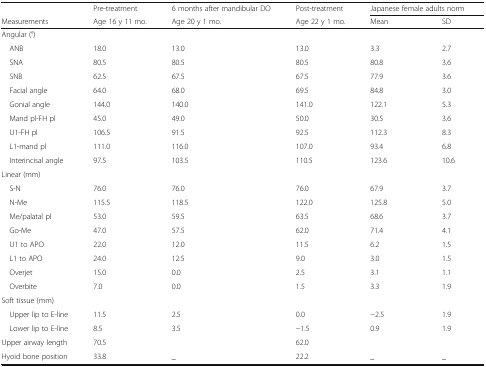
<table><thead><tr><td></td><td><b>Pre-treatment</b></td><td><b>6 months after mandibular DO</b></td><td><b>Post-treatment</b></td><td colspan="2"><b>Japanese female adults norm</b></td></tr><tr><td><b>Measurements</b></td><td><b>Age 16 y 11 mo.</b></td><td><b>Age 20 y 1 mo.</b></td><td><b>Age 22 y 1 mo.</b></td><td><b>Mean</b></td><td><b>SD</b></td></tr></thead><tbody><tr><td colspan="6">Angular (°)</td></tr><tr><td> ANB</td><td>18.0</td><td>13.0</td><td>13.0</td><td>3.3</td><td>2.7</td></tr><tr><td> SNA</td><td>80.5</td><td>80.5</td><td>80.5</td><td>80.8</td><td>3.6</td></tr><tr><td> SNB</td><td>62.5</td><td>67.5</td><td>67.5</td><td>77.9</td><td>3.6</td></tr><tr><td> Facial angle</td><td>64.0</td><td>68.0</td><td>69.5</td><td>84.8</td><td>3.0</td></tr><tr><td> Gonial angle</td><td>144.0</td><td>140.0</td><td>141.0</td><td>122.1</td><td>5.3</td></tr><tr><td> Mand pl-FH pl</td><td>45.0</td><td>49.0</td><td>50.0</td><td>30.5</td><td>3.6</td></tr><tr><td> U1-FH pl</td><td>106.5</td><td>91.5</td><td>92.5</td><td>112.3</td><td>8.3</td></tr><tr><td> L1-mand pl</td><td>111.0</td><td>116.0</td><td>107.0</td><td>93.4</td><td>6.8</td></tr><tr><td> Interincisal angle</td><td>97.5</td><td>103.5</td><td>110.5</td><td>123.6</td><td>10.6</td></tr><tr><td colspan="6">Linear (mm)</td></tr><tr><td> S-N</td><td>76.0</td><td>76.0</td><td>76.0</td><td>67.9</td><td>3.7</td></tr><tr><td> N-Me</td><td>115.5</td><td>118.5</td><td>122.0</td><td>125.8</td><td>5.0</td></tr><tr><td> Me/palatal pl</td><td>53.0</td><td>59.5</td><td>63.5</td><td>68.6</td><td>3.7</td></tr><tr><td> Go-Me</td><td>47.0</td><td>57.5</td><td>62.0</td><td>71.4</td><td>4.1</td></tr><tr><td> U1 to APO</td><td>22.0</td><td>12.0</td><td>11.5</td><td>6.2</td><td>1.5</td></tr><tr><td> L1 to APO</td><td>24.0</td><td>12.5</td><td>9.0</td><td>3.0</td><td>1.5</td></tr><tr><td> Overjet</td><td>15.0</td><td>0.0</td><td>2.5</td><td>3.1</td><td>1.1</td></tr><tr><td> Overbite</td><td>7.0</td><td>0.0</td><td>1.5</td><td>3.3</td><td>1.9</td></tr><tr><td colspan="6">Soft tissue (mm)</td></tr><tr><td> Upper lip to E-line</td><td>11.5</td><td>2.5</td><td>0.0</td><td>−2.5</td><td>1.9</td></tr><tr><td> Lower lip to E-line</td><td>8.5</td><td>3.5</td><td>−1.5</td><td>0.9</td><td>1.9</td></tr><tr><td>Upper airway length</td><td>70.5</td><td></td><td>62.0</td><td></td><td></td></tr><tr><td>Hyoid bone position</td><td>33.8</td><td>_</td><td>22.2</td><td>_</td><td>_</td></tr></tbody></table>